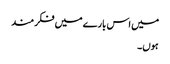
میں اس بارے میں فکر مند
ہوں۔